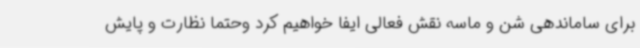
برای ساماندهی شن و ماسه نقش فعالی ایفا خواهیم کرد وحتما نظارت و پایش